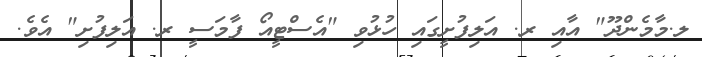
ލ.މާމެންދޫޫ" އާއި ރ. އަލިފުށީގައި ހުޅުވި "އެސްޓީއޯ ފާމަސީ ރ. އަލިފުށި" އެވެ.